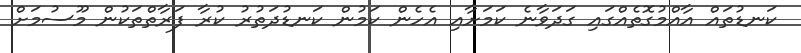
ކަނޑުތައް އާއްމުގޮތެއްގައި ގަދަވާނެ ކަމަށާއި އެހެން ކަމުން ކަނޑުދަތުރު ކުރާ ފަރާތްތަކުން މޫސުމަށް